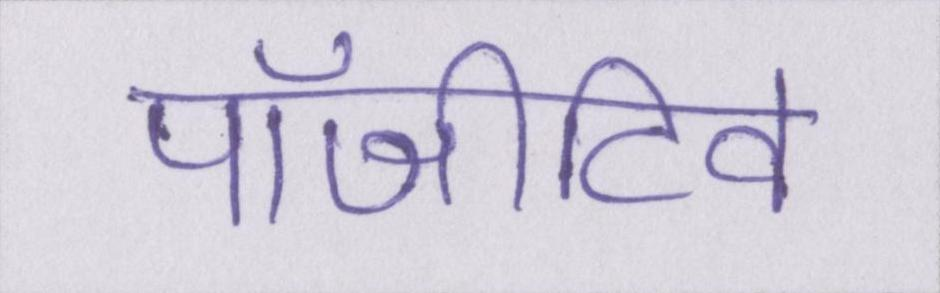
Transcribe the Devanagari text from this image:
पॉजीटिव